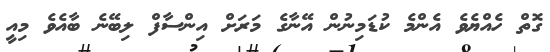
ގޮތް ހެއްޔެވެ އެންމެ ކުޑަމިނުން އޭނާގެ މަަރަށް އިންސާފް ލިބޭނެ ބާއެވެ މިއީ